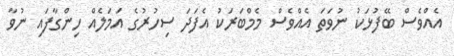
އެއްވެސް ބޭފުޅަކު ނުވަތަ އެއްވެސް މެމްބަރަކު އެފަދަ ސިހުރުގެ އަމަލެއް ހިންގާފައި ނުވާ